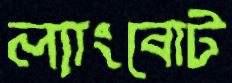
ল্যাংবোট